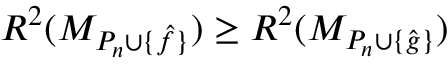
R ^ { 2 } ( M _ { P _ { n } \cup \{ \hat { f } \} } ) \geq R ^ { 2 } ( M _ { P _ { n } \cup \{ \hat { g } \} } )